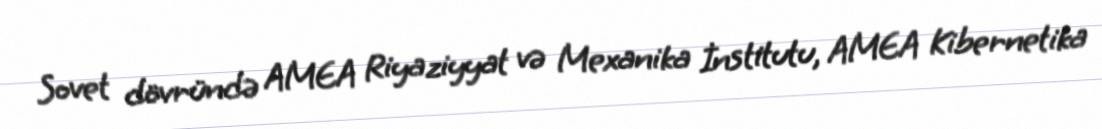
Sovet dövründə AMEA Riyaziyyat və Mexanika İnstitutu, AMEA Kibernetika